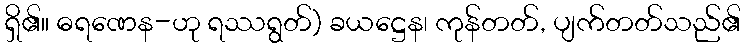
ရှိ၏။ ဓရဏေန-ဟု ရဿရွတ်) ခယဋ္ဌေန၊ ကုန်တတ်, ပျက်တတ်သည်၏